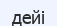
дейі